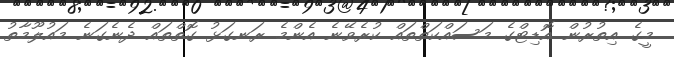
މީގެ އިތުރުން އޮޑިޓްގެ މަސައްކަތްތައް ކުރެވޭނެ އެންމެ ރަނގަޅު ގޮތްތައް ދެނެގަނެ މައުލޫމާތު